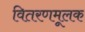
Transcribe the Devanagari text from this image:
वितरणमूलक